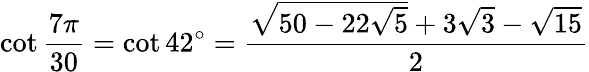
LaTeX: \cot{\frac{7\pi}{30}}=\cot 42^{\circ}={\frac{{\sqrt{50-22{\sqrt{5}}}}+3{\sqrt{3}}-{\sqrt{15}}}{2}}